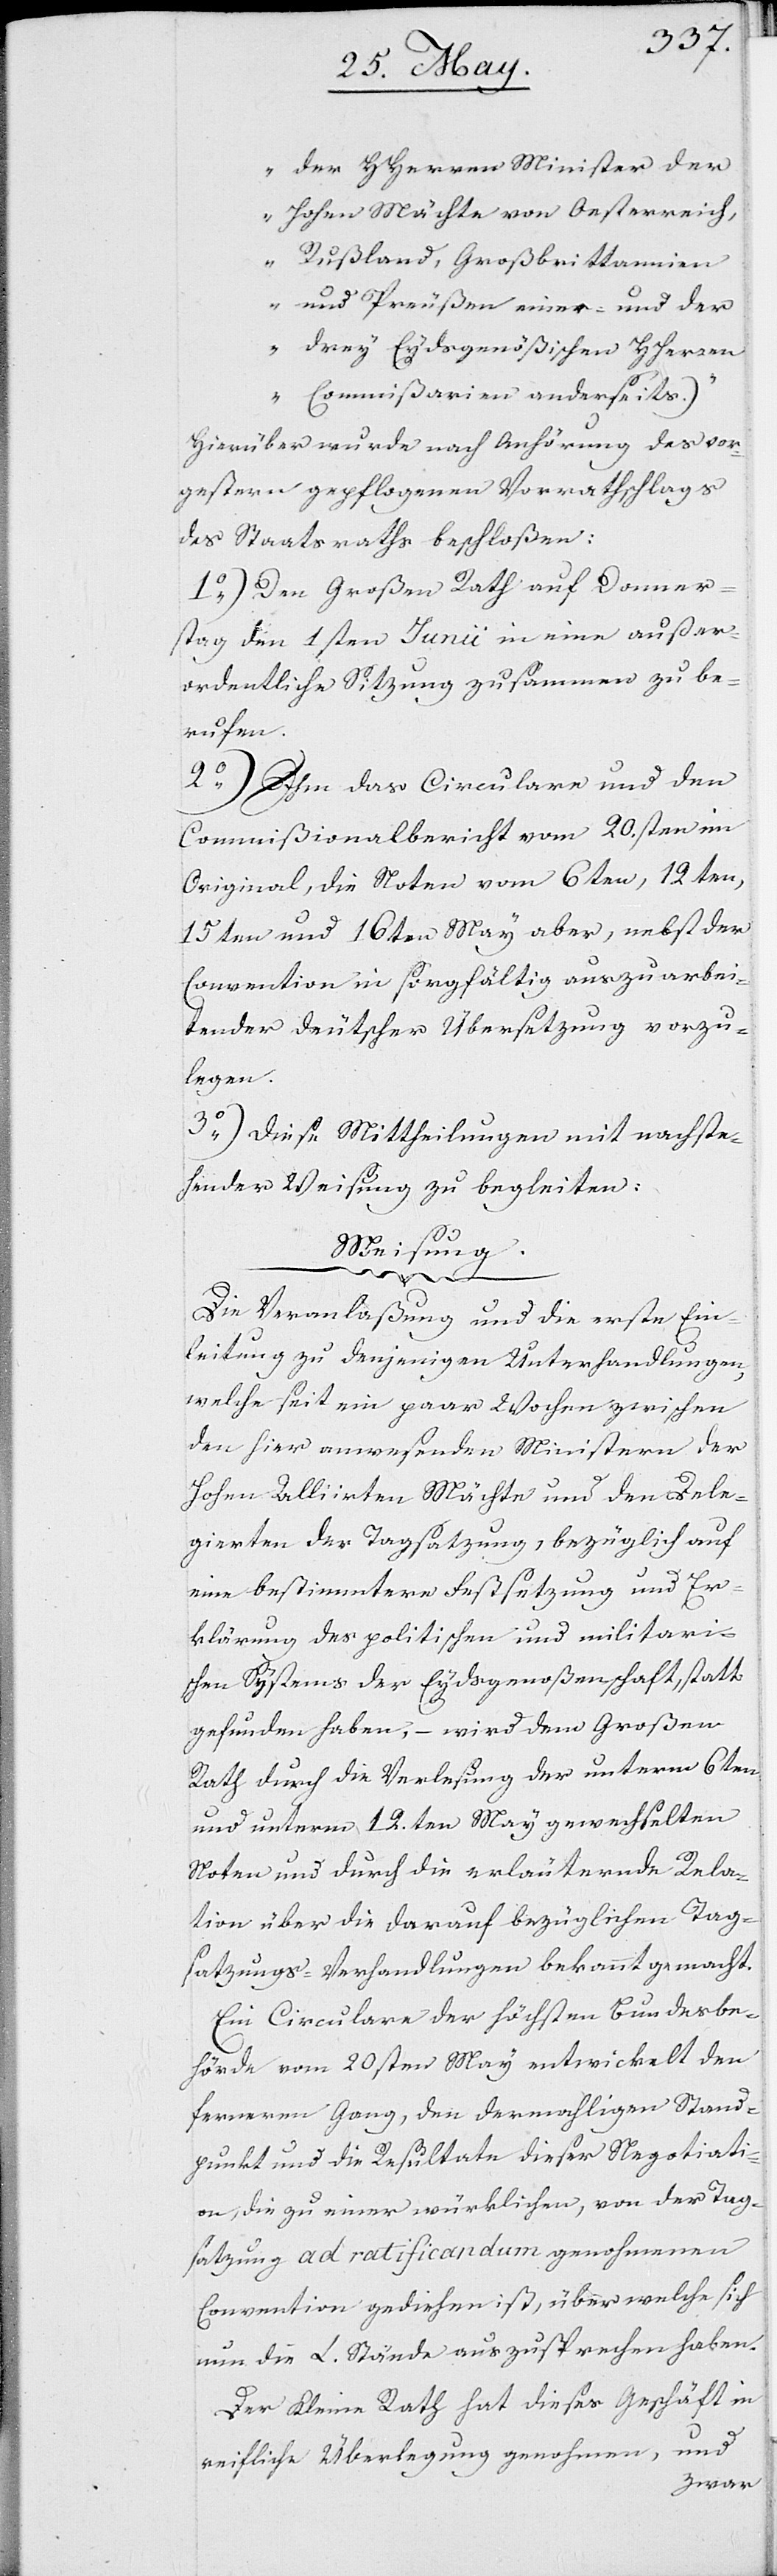
der Herren Minister der
Hohen Mächte von Oesterreich,
Rußland, Großbritannien
und Preußen einer- und der
drey Eydsgenößischen Herren
Commißarien anderseits.)“
Hierüber wurde nach Anhörung des vor¬
gestern gepflogenen Vorrathschlags
des Staatsraths beschloßen:
1.) Den Großen Rath auf Donner¬
stag den 1sten Junii in eine außer¬
ordentliche Sitzung zusammen zu be¬
rufen.
2.) Ihm das Circulare und den
Commißionalbericht vom 20sten im
Original, die Noten vom 6ten, 12ten,
15ten und 16ten May aber, nebst der
Convention in sorgfältig auszuarbei¬
tender deutscher Übersetzung vorzu¬
legen.
3.) Diese Mittheilungen mit nachste¬
hender Weisung zu begleiten:
Weisung.
Die Veranlaßung und die erste Ein¬
leitung zu denjenigen Unterhandlungen,
welche seit ein paar Wochen zwischen
den hier anwesenden Ministern der
Hohen Alliirten Mächte und den Dele¬
gierten der Tagsatzung, bezüglich auf
eine bestimmtere Festsetzung und Er¬
klärung des politischen und militaris¬
chen Sytems der Eydsgenoßenschaft, statt
gefunden haben, – wird dem großen
Rath durch die Verlesung der unterm 6ten
und unterm 12ten May gewechselten
Noten und durch die erläuternde Rela¬
tion über die darauf bezüglichen Tag¬
satzungs-Verhandlungen bekannt gemacht.
Ein Circulare der höchsten Bundesbe¬
hörde vom 20sten May entwickelt den
ferneren Gang, den dermahligen Stand¬
punkt und die Resultate dieser Negotiati¬
on, die zu einer würklichen, von der Tag¬
satzung ad ratificandum genohmenen
Convention gediehen ist, über welche sich
nun die L. Stände auszusprechen haben.
Der Kleine Rath hat dieses Geschäft in
reifliche Überlegung genohmen, und